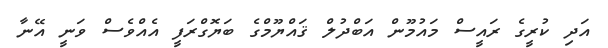
އަދި ކުރީގެ ރައީސް މައުމޫން އަބްދުލް ޤައްޔޫމްގެ ބަޔޮގްރަފީ އެއްވެސް ވަނީ އޭނާ